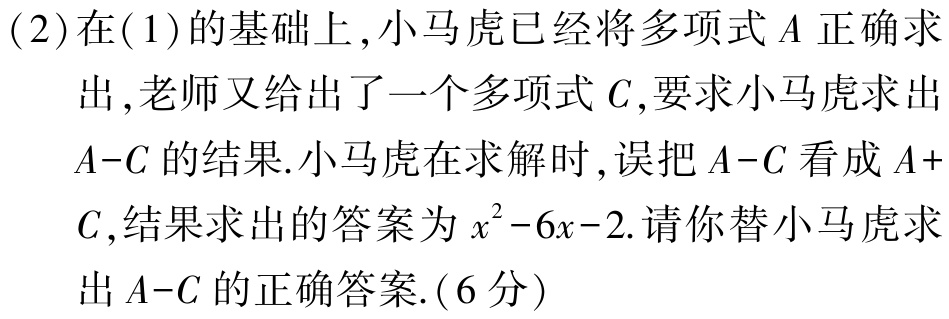
(2)在(1)的基础上,小马虎已经将多项式\(A\)正确求出,老师又给出了一个多项式\(C\),要求小马虎求出\(A - C\)的结果.小马虎在求解时,误把\(A - C\)看成\(A + C\),结果求出的答案为\(x^{2}-6x - 2\).请你替小马虎求出\(A - C\)的正确答案.(6分)